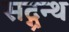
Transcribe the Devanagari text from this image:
सद्ग्रन्थ